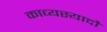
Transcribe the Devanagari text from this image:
काव्यस्यादौ